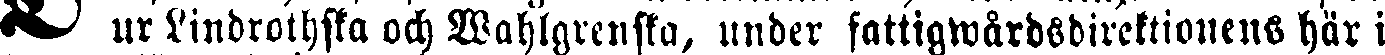
D ur Lindrothska och Wahlgrenska, under fattigwårdsdirektionens här i